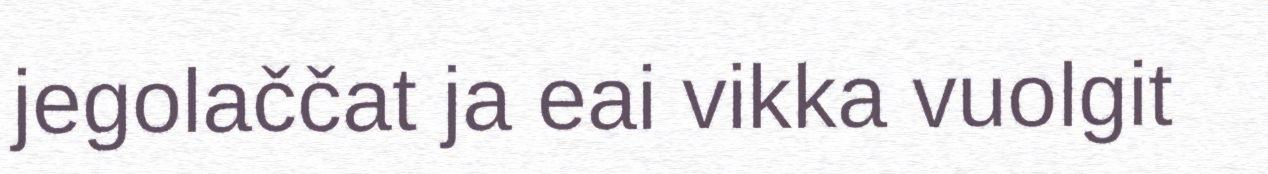
jegolaččat ja eai vikka vuolgit